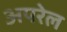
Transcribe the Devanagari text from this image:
अपरेल